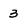
Character: 3